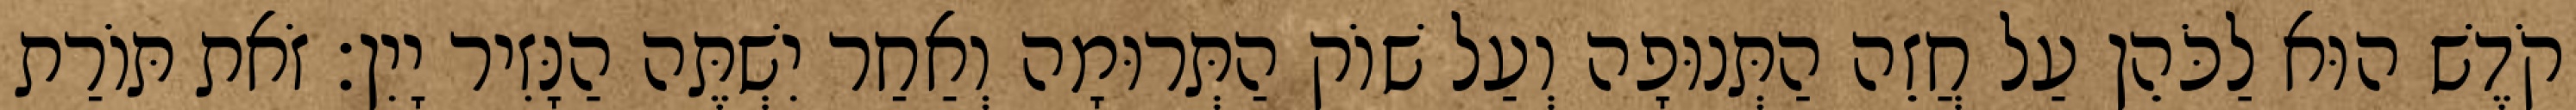
קֹדֶשׁ הוּא לַכֹּהֵן עַל חֲזֵה הַתְּנוּפָה וְעַל שׁוֹק הַתְּרוּמָה וְאַחַר יִשְׁתֶּה הַנָּזִיר יָיִן׃ זֹאת תּוֹרַת